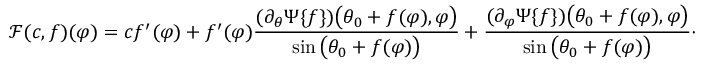
\mathscr { F } ( c , f ) ( \varphi ) = c f ^ { \prime } ( \varphi ) + f ^ { \prime } ( \varphi ) \frac { ( \partial _ { \theta } \Psi \{ f \} ) \big ( \theta _ { 0 } + f ( \varphi ) , \varphi \big ) } { \sin \big ( \theta _ { 0 } + f ( \varphi ) \big ) } + \frac { ( \partial _ { \varphi } \Psi \{ f \} ) \big ( \theta _ { 0 } + f ( \varphi ) , \varphi \big ) } { \sin \big ( \theta _ { 0 } + f ( \varphi ) \big ) } \cdot